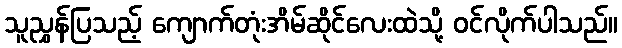
သူညွှန်ပြသည့် ကျောက်တုံးအိမ်ဆိုင်လေးထဲသို့ ဝင်လိုက်ပါသည်။